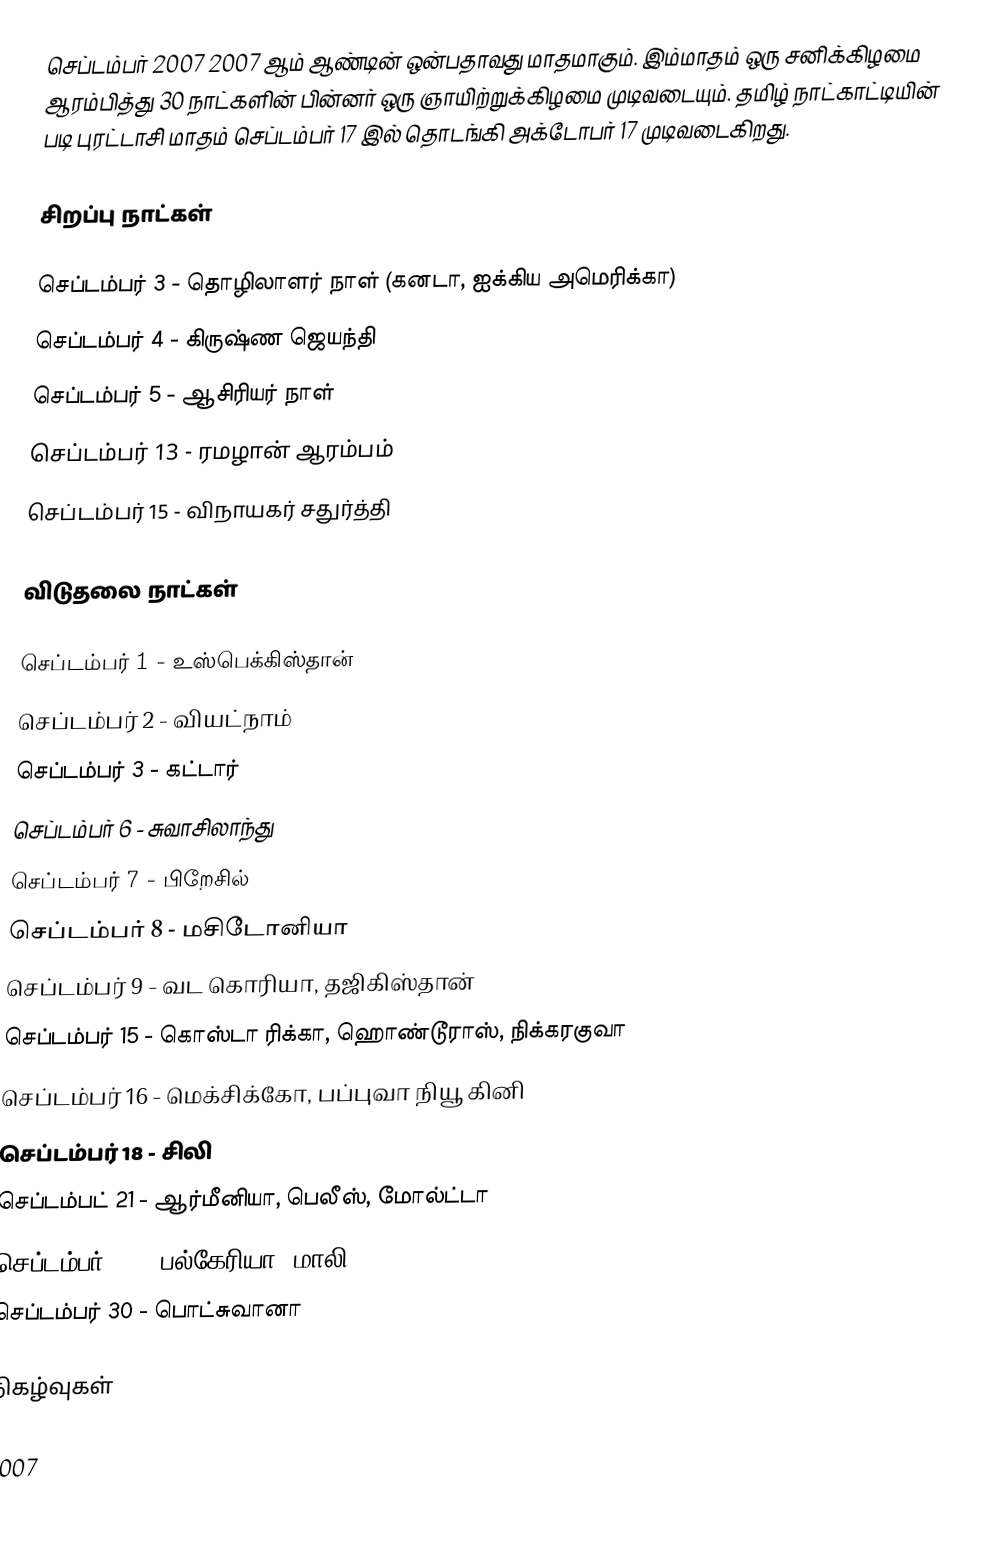
செப்டம்பர் 2007 2007 ஆம் ஆண்டின் ஒன்பதாவது மாதமாகும். இம்மாதம் ஒரு சனிக்கிழமை ஆரம்பித்து 30 நாட்களின் பின்னர் ஒரு ஞாயிற்றுக்கிழமை முடிவடையும். தமிழ் நாட்காட்டியின் படி புரட்டாசி மாதம் செப்டம்பர் 17 இல் தொடங்கி அக்டோபர் 17 முடிவடைகிறது.

சிறப்பு நாட்கள்

 செப்டம்பர் 3 - தொழிலாளர் நாள் (கனடா, ஐக்கிய அமெரிக்கா)
 செப்டம்பர் 4 - கிருஷ்ண ஜெயந்தி
 செப்டம்பர் 5 -  ஆசிரியர் நாள்
 செப்டம்பர் 13 - ரமழான் ஆரம்பம்
 செப்டம்பர் 15 - விநாயகர் சதுர்த்தி

விடுதலை நாட்கள்

 செப்டம்பர் 1 - உஸ்பெக்கிஸ்தான்
 செப்டம்பர் 2 - வியட்நாம்
 செப்டம்பர் 3 - கட்டார்
 செப்டம்பர் 6 - சுவாசிலாந்து
 செப்டம்பர் 7 - பிறேசில்
 செப்டம்பர் 8 - மசிடோனியா
 செப்டம்பர் 9 - வட கொரியா, தஜிகிஸ்தான்
 செப்டம்பர் 15 - கொஸ்டா ரிக்கா, ஹொண்டூராஸ், நிக்கரகுவா
 செப்டம்பர் 16 - மெக்சிக்கோ, பப்புவா நியூ கினி
 செப்டம்பர் 18 - சிலி
 செப்டம்பட் 21 - ஆர்மீனியா, பெலீஸ், மோல்ட்டா
 செப்டம்பர் 22 - பல்கேரியா, மாலி
 செப்டம்பர் 30 - பொட்சுவானா

நிகழ்வுகள்

2007